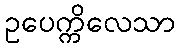
ဥပေက္ကိလေသာ